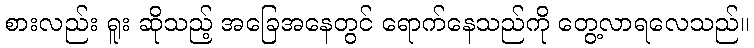
စားလည်း ရူး ဆိုသည့် အခြေအနေတွင် ရောက်နေသည်ကို တွေ့လာရလေသည်။